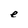
Character: e